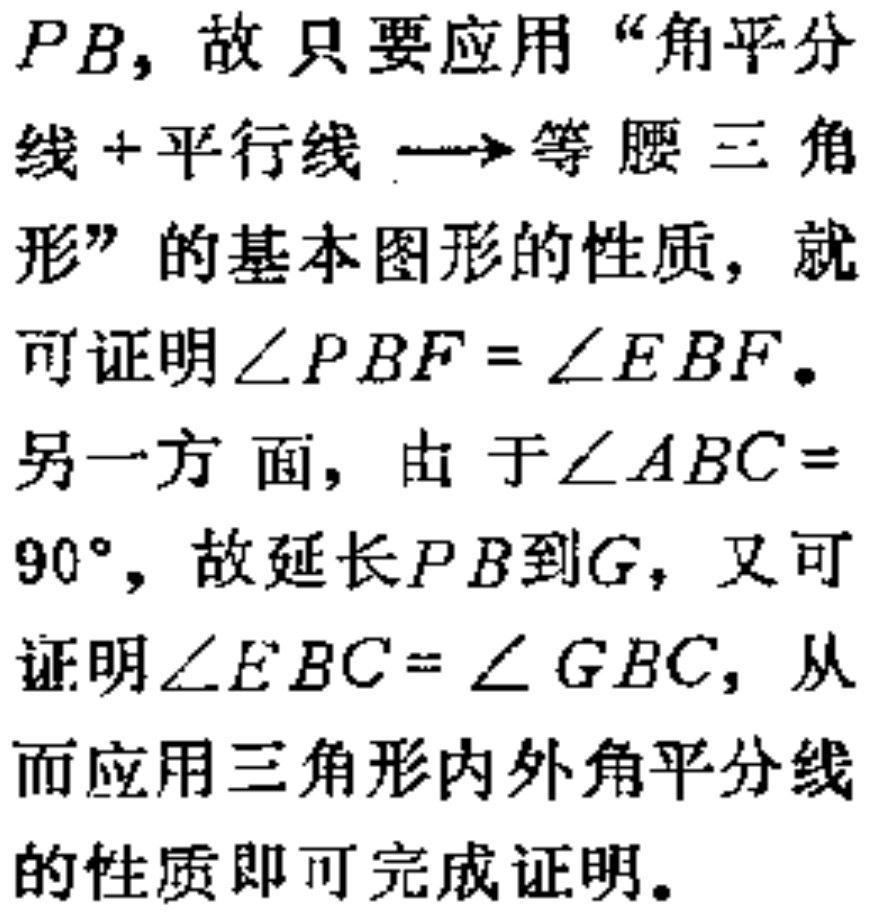
$PB$，故只要应用“角平分线+平行线$\longrightarrow$等腰三角形”的基本图形的性质，就可证明$\angle PBF = \angle EBF$。
另一方面，由于$\angle ABC = 90^{\circ}$，故延长$PB$到$G$，又可证明$\angle EBC = \angle GBC$，从而应用三角形内外角平分线的性质即可完成证明。